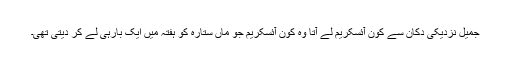
جمیل نزدیکی دکان سے کون آئسکریم لے آتا وہ کون آئسکریم جو ماں ستارہ کو ہفتہ میں ایک بارہی لے کر دیتی تھی۔